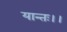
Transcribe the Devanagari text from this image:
यान्तः।।